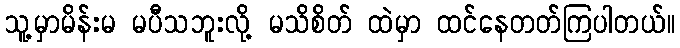
သူ့မှာမိန်းမ မပီသဘူးလို့ မသိစိတ် ထဲမှာ ထင်နေတတ်ကြပါတယ်။